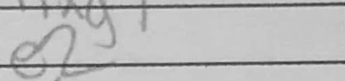
Transcription: e2